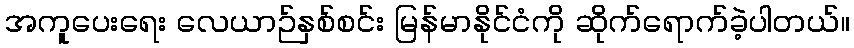
အကူပေးရေး လေယာဉ်နှစ်စင်း မြန်မာနိုင်ငံကို ဆိုက်ရောက်ခဲ့ပါတယ်။